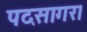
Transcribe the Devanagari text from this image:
पदसागर।